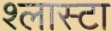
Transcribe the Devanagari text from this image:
श्लास्टा